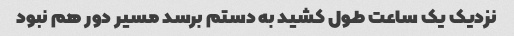
نزدیک یک ساعت طول کشید به دستم برسد مسیر دور هم نبود